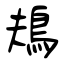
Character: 鳺